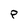
Character: p